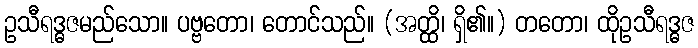
ဥသီရဒ္ဓဇမည်သော။ ပဗ္ဗတော၊ တောင်သည်။ (အတ္ထိ၊ ရှိ၏။) တတော၊ ထိုဥသီရဒ္ဓဇ